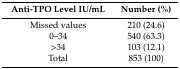
<table><thead><tr><td><b>Anti-TPO Level IU/mL</b></td><td><b>Number (%)</b></td></tr></thead><tbody><tr><td>Missed values</td><td>210 (24.6)</td></tr><tr><td>0–34</td><td>540 (63.3)</td></tr><tr><td>&gt;34</td><td>103 (12.1)</td></tr><tr><td>Total</td><td>853 (100)</td></tr></tbody></table>